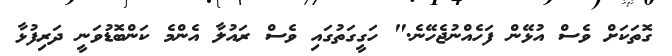
ގޮތަކަށް ވެސް އުޅޭން ފަހެއްނުޖެހޭނެ." ހަގީގަތުގައި ވެސް ރައުލާ އެންމެ ކަންބޮޑުވަނީ ދަރިފުޅާ